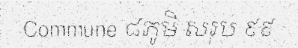
Commune ៨ភូមិ សរុប ៩៩